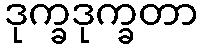
ဒုက္ခဒုက္ခတာ